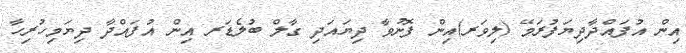
އިން އުފައްދާދިޔަފުރަމޭ (ލިވަރ)އިން ފޮނުވާ ދިޔައަދި ގާލް ބުލެޑަރ އިން އުފައްދާ ދިޔަމިހުރިހާ